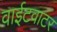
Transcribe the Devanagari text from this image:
वाईटवाटर